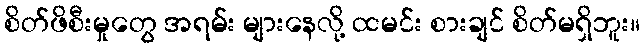
စိတ်ဖိစီးမှုတွေ အရမ်း များနေလို့ ထမင်း စားချင် စိတ်မရှိဘူး။